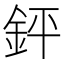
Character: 𨥾